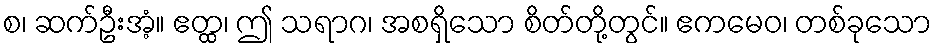
စ၊ ဆက်ဦးအံ့။ ဧတ္ထ၊ ဤ သရာဂ၊ အစရှိသော စိတ်တို့တွင်။ ဧကမေဝ၊ တစ်ခုသော